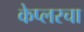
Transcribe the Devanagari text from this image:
केप्लरचा